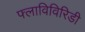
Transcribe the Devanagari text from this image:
फ्लाविविरिडी